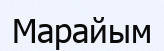
Марайым